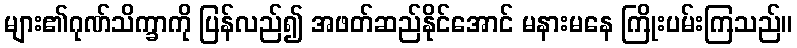
များ၏ဂုဏ်သိက္ခာကို ပြန်လည်၍ အဖတ်ဆည်နိုင်အောင် မနားမနေ ကြိုးပမ်းကြသည်။